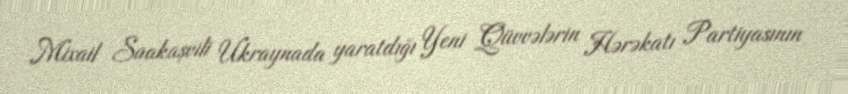
Mixail Saakaşvili Ukraynada yaratdığı Yeni Qüvvələrin Hərəkatı Partiyasının